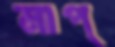
মাপ্‌